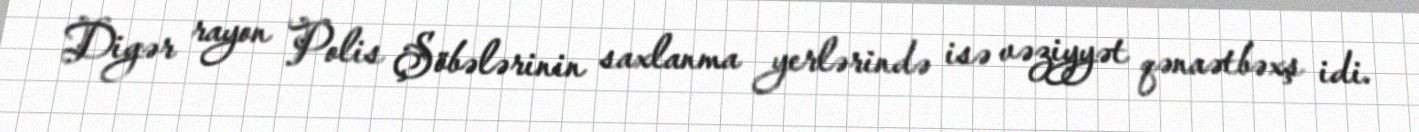
Digər rayon Polis Şöbələrinin saxlanma yerlərində isə vəziyyət qənaətbəxş idi.